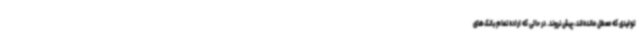
تولیدی که معطل مانده‌اند، پیش نروند. در حالی که اراده تمام بانک‌های